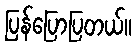
ပြန်ပြောပြတယ်။